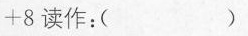
+8读作：( )